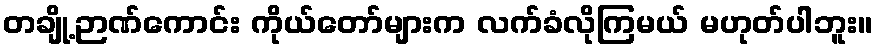
တချို့ဉာဏ်ကောင်း ကိုယ်တော်များက လက်ခံလိုကြမယ် မဟုတ်ပါဘူး။